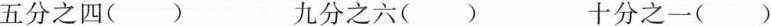
五分之四() 九分之六() 十分之一()